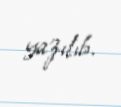
yazılıb.